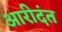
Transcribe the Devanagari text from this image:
आरीदंत